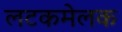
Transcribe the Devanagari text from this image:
लटकमेलक